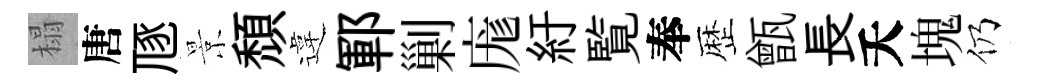
榻唐豗景頹違鄆剿庬紆覧奉歴甑長夭塊仍